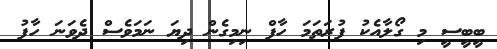
ބީބީސީ މި ގޯލާއެކު ފުރަތަމަ ހާފް ނިމިިގެން ދިޔަ ނަމަވެސް ދެވަނަ ހާފު